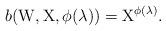
LaTeX: \begin{align*}b(\mathrm{W},\mathrm{X},\phi(\lambda))=\mathrm{X}^{\phi(\lambda)}. \end{align*}